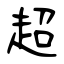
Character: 超